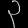
Digit: ၃